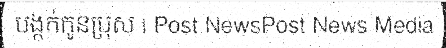
បង្កក់កូនប្រុស | Post NewsPost News Media